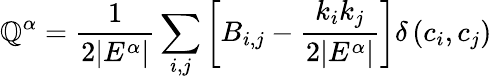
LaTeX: \displaystyle\mathbb{Q}^{\alpha}=\frac{{1}}{{2|E^{\alpha}|}}\sum_{i,j}{\left[B_{i,j}-\frac{{k_{i}k_{j}}}{{2|E^{\alpha}|}}\right]}\delta\left(c_{i},c_{j}\right)